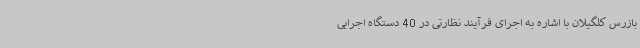
بازرس کلگیلان با اشاره به اجرای فرآیند نظارتی در 40 دستگاه اجرایی